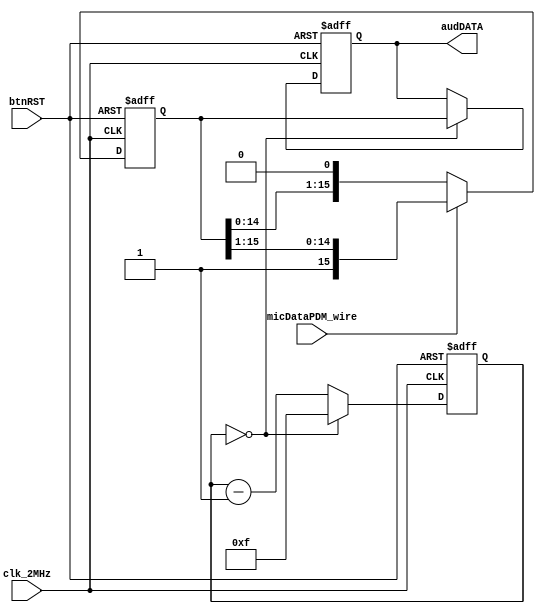
module convertPDMtoPWM(btnRST, clk_2MHz, micDataPDM_wire, audDATA);

  input btnRST;
  input clk_2MHz;
  input micDataPDM_wire;
  output reg [15:0] audDATA;

  reg [15:0] micDATA;
  reg [3:0] audEncEN;

  // convert microphone PRD data to PWM //
   always @(posedge clk_2MHz or posedge btnRST) begin
    if (btnRST) begin
      // reset
      micDATA <= 16'hFF00;
    end
    else begin
      if (micDataPDM_wire == 1'b1)
        micDATA <= {micDataPDM_wire, micDATA[15:1]};
      else
        micDATA <= {micDATA[14:0], micDataPDM_wire};
    end
  end

  // update PWM audio data based on enable //
  always @(posedge clk_2MHz or posedge btnRST) begin
    if (btnRST) begin
      // reset
      audDATA <= 16'hFF00;
    end
    else begin
      if (audEncEN == 4'h0)
        audDATA <= micDATA;
    end
  end

  // update audio data when all of them are broadcasted //
  always @(posedge clk_2MHz or posedge btnRST) begin
    if (btnRST) begin
      // reset
      audEncEN <= 4'hF;
    end
    else begin
      audEncEN <= (audEncEN == 4'h0) ? (4'hF) : (audEncEN - 1'b1);
    end
  end
endmodule